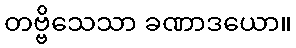
တဗ္ဗိသေသာ ခဏာဒယော။